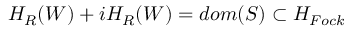
{ \cal H } _ { R } ( W ) + i { \cal H } _ { R } ( W ) = d o m ( S ) \subset { \cal H } _ { F o c k }